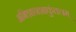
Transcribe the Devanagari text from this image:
अभिज्ञानशाकुंतलम्‌